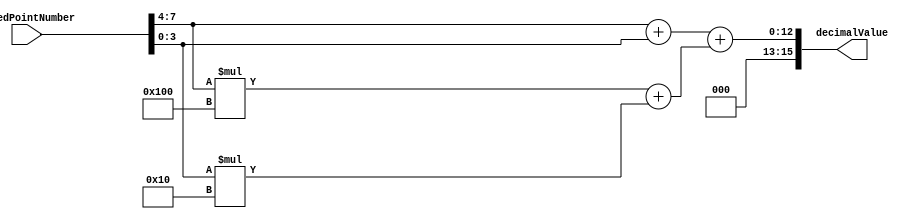
module FixedPointConverter(
    input [7:0] fixedPointNumber,
    output reg [15:0] decimalValue
);

reg [3:0] integerComponent;
reg [11:0] fractionalComponent;

always @ (*)
begin
    integerComponent = fixedPointNumber[7:4] + fixedPointNumber[3:0];
    fractionalComponent = fixedPointNumber[7:4] * 256 + fixedPointNumber[3:0] * 16;
    decimalValue = integerComponent + fractionalComponent;
end

endmodule